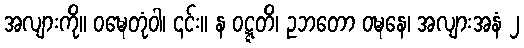
အလျားကို။ ဝဍ္ဎေတုံဝါ၊ ၎င်း။ န ဝဋ္ဋတိ၊ ဥဘတော ဝဍ္ဎနေ၊ အလျားအနံ ၂